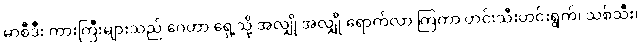
မာစီဒီး ကားကြီးများသည် ဂေဟာ ရှေ့သို့ အလျှို အလျှို ရောက်လာ ကြကာ ဟင်းသီးဟင်းရွက်၊ သစ်သီး၊